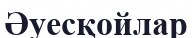
Әуесқойлар